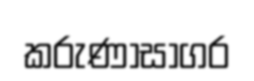
කරුණාසාගර